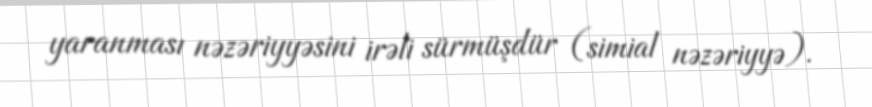
yaranması nəzəriyyəsini irəli sürmüşdür (simial nəzəriyyə).